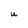
Character: U